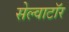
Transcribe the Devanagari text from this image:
सेल्वाटॉर